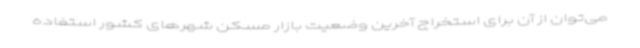
می‌توان از آن برای استخراج آخرین وضعیت بازار مسکن شهرهای کشور استفاده